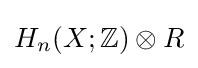
H_{n}(X;\mathbb {Z} )\otimes R